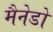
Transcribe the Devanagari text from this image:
मैनेडो